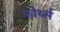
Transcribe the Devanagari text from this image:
फोर्थ्स